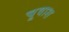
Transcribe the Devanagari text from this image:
चूवाश